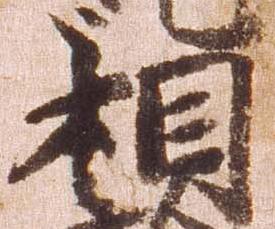
相